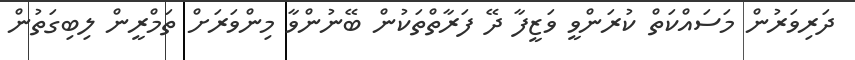
ދަރިވަރުން މަސައްކަތް ކުރަންވީ ވަޒީފާ ދޭ ފަރާތްތަކުން ބޭނުންވާ މިންވަރަށް ތަމްރީން ލިބިގަތުން